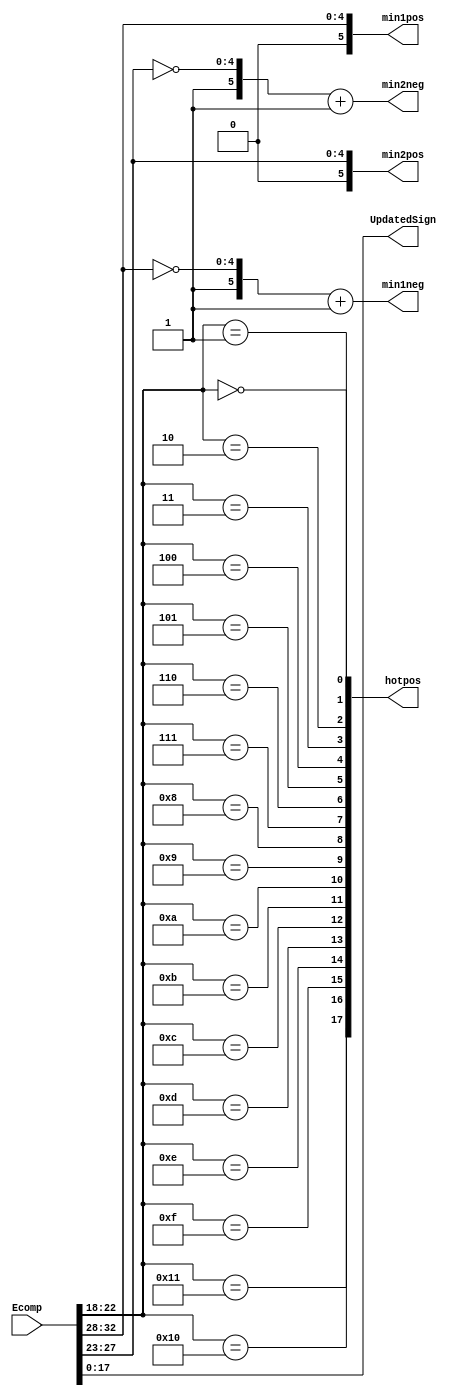
`timescale 1ns / 1ps
//////////////////////////////////////////////////////////////////////////////////
// Company: 
// Engineer: 
// 
// Design Name: 
// Module Name: negandpos
// Project Name: 
// Target Devices: 
// Tool Versions: 
// Description: 
// 
// Dependencies: 
// 
// Revision:
// Revision 0.01 - File Created
// Additional Comments:
// 
//////////////////////////////////////////////////////////////////////////////////


module negandpos(min1pos,min1neg,min2pos,min2neg,hotpos,UpdatedSign, Ecomp);
  
    parameter Wc=18;
    parameter Wcbits = 5;
    parameter W=6;
    parameter Wabs=W-1;
    parameter ECOMPSIZE = (2*(W-1))+Wcbits+Wc;
  
    input[ECOMPSIZE-1:0] Ecomp;
    output [Wc-1:0] UpdatedSign;
    output [Wc-1:0]hotpos;
    output[W-1:0]min1pos,min1neg,min2pos,min2neg;
    
    
    wire[Wabs-1:0] Min1mag, Min2mag;
    //wire[W-1:0] posMin1, negMin1, posMin2, negMin2;
    wire [Wcbits-1:0] Pos;
    
    

  
    
    assign {Min1mag, Min2mag, Pos, UpdatedSign} = Ecomp;
    genvar i;
    generate for(i=0;i<=Wc-1;i=i+1) begin: loop1
    assign hotpos[i] = (Pos == i);
    end
    endgenerate
    
    assign min1pos={1'b0,Min1mag};
    assign min2pos={1'b0,Min2mag}; 
    assign min1neg={1'b1,~Min1mag}+1'b1;
    assign min2neg={1'b1,~Min2mag}+1'b1;
    
endmodule